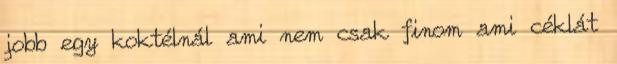
jobb egy koktélnál ami nem csak finom ami céklát